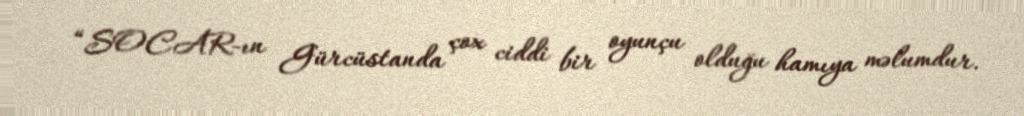
“SOCAR-ın Gürcüstanda çox ciddi bir oyunçu olduğu hamıya məlumdur.